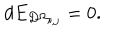
d E _ { D \Omega _ { i , j } } = 0 .